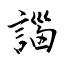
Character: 𧩣